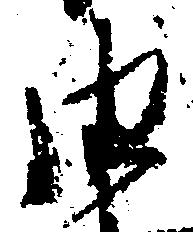
由